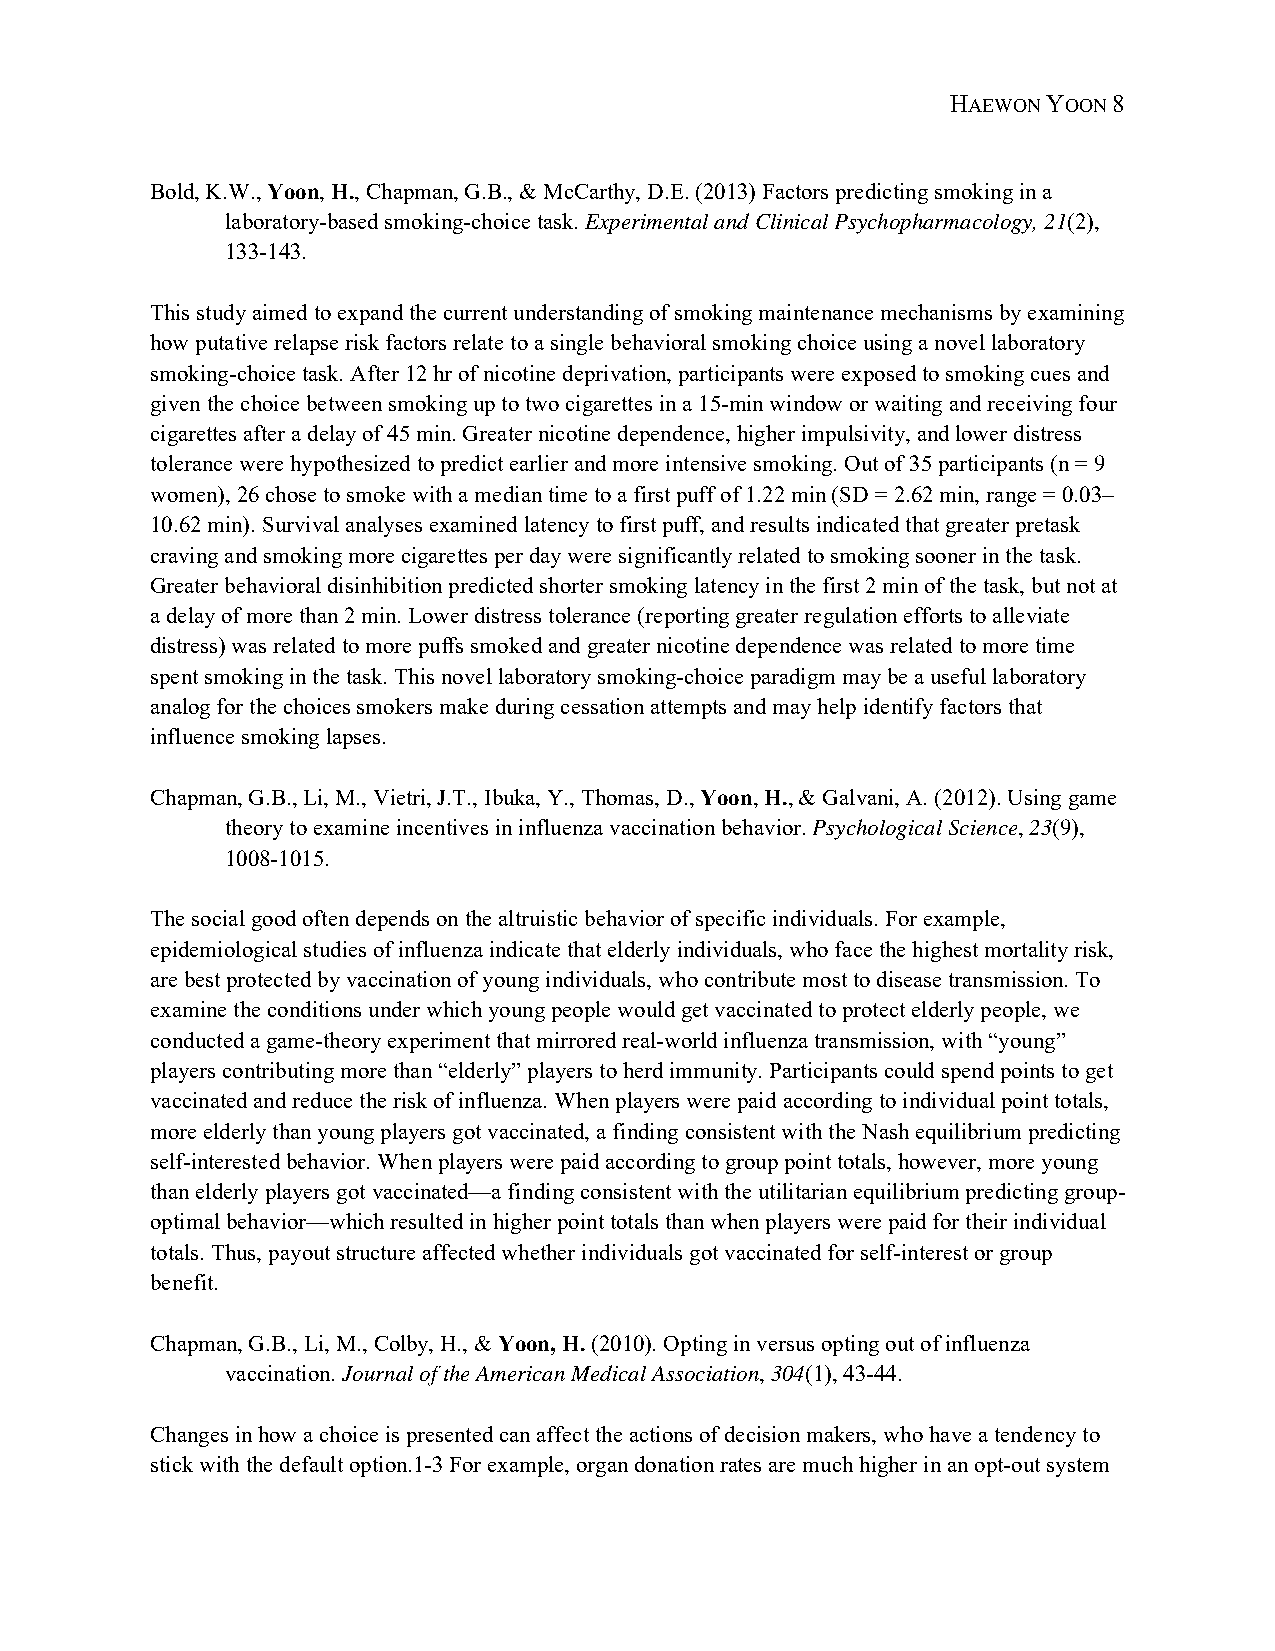
HAEWON YOON 8
 Bold, K.W., Yoon, H., Chapman, G.B., & McCarthy, D.E. (2013) Factors predicting smoking in a
 laboratory-based smoking-choice task. Experimental and Clinical Psychopharmacology, 21(2),
 133-143.
 This study aimed to expand the current understanding of smoking maintenance mechanisms by examining
 how putative relapse risk factors relate to a single behavioral smoking choice using a novel laboratory
 smoking-choice task. After 12 hr of nicotine deprivation, participants were exposed to smoking cues and
 given the choice between smoking up to two cigarettes in a 15-min window or waiting and receiving four
 cigarettes after a delay of 45 min. Greater nicotine dependence, higher impulsivity, and lower distress
 tolerance were hypothesized to predict earlier and more intensive smoking. Out of 35 participants (n = 9
 women), 26 chose to smoke with a median time to a first puff of 1.22 min (SD = 2.62 min, range = 0.03–
 10.62 min). Survival analyses examined latency to first puff, and results indicated that greater pretask
 craving and smoking more cigarettes per day were significantly related to smoking sooner in the task.
 Greater behavioral disinhibition predicted shorter smoking latency in the first 2 min of the task, but not at
 a delay of more than 2 min. Lower distress tolerance (reporting greater regulation efforts to alleviate
 distress) was related to more puffs smoked and greater nicotine dependence was related to more time
 spent smoking in the task. This novel laboratory smoking-choice paradigm may be a useful laboratory
 analog for the choices smokers make during cessation attempts and may help identify factors that
 influence smoking lapses.
 Chapman, G.B., Li, M., Vietri, J.T., Ibuka, Y., Thomas, D., Yoon, H., & Galvani, A. (2012). Using game
 theory to examine incentives in influenza vaccination behavior. Psychological Science, 23(9),
 1008-1015.
 The social good often depends on the altruistic behavior of specific individuals. For example,
 epidemiological studies of influenza indicate that elderly individuals, who face the highest mortality risk,
 are best protected by vaccination of young individuals, who contribute most to disease transmission. To
 examine the conditions under which young people would get vaccinated to protect elderly people, we
 conducted a game-theory experiment that mirrored real-world influenza transmission, with “young”
 players contributing more than “elderly” players to herd immunity. Participants could spend points to get
 vaccinated and reduce the risk of influenza. When players were paid according to individual point totals,
 more elderly than young players got vaccinated, a finding consistent with the Nash equilibrium predicting
 self-interested behavior. When players were paid according to group point totals, however, more young
 than elderly players got vaccinated—a finding consistent with the utilitarian equilibrium predicting group-
 optimal behavior—which resulted in higher point totals than when players were paid for their individual
 totals. Thus, payout structure affected whether individuals got vaccinated for self-interest or group
 benefit.
 Chapman, G.B., Li, M., Colby, H., & Yoon, H. (2010). Opting in versus opting out of influenza
 vaccination. Journal of the American Medical Association, 304(1), 43-44.
 Changes in how a choice is presented can affect the actions of decision makers, who have a tendency to
 stick with the default option.1-3 For example, organ donation rates are much higher in an opt-out system